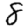
Digit: 8